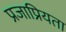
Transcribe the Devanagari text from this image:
प्रजाप्रियता